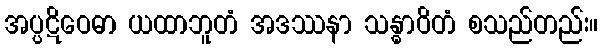
အပ္ပဋိဝေဓာ ယထာဘူတံ အဒဿနာ သန္ဓာဝိတံ စသည်တည်း။